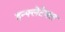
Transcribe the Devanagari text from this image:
इन्फ्लेटेबल